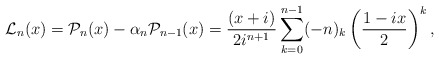
\begin{align*}\mathcal{L}_n(x)=\mathcal{P}_n(x)-\alpha_n\mathcal{P}_{n-1}(x)=\dfrac{(x+i)}{2i^{n+1}} \sum_{k=0}^{n-1}(-n)_k \left(\dfrac{1-ix}{2}\right)^{k},\end{align*}